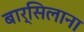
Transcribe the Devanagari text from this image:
बार्सिलाना